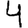
Digit: 4